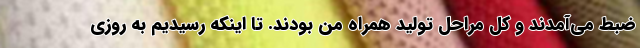
ضبط می‌آمدند و کل مراحل تولید همراه من بودند. تا اینکه رسیدیم به روزی